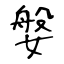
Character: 媻